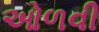
ઓળવી